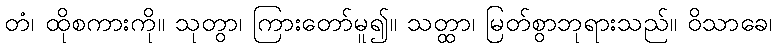
တံ၊ ထိုစကားကို။ သုတွာ၊ ကြားတော်မူ၍။ သတ္ထာ၊ မြတ်စွာဘုရားသည်။ ဝိသာခေ၊